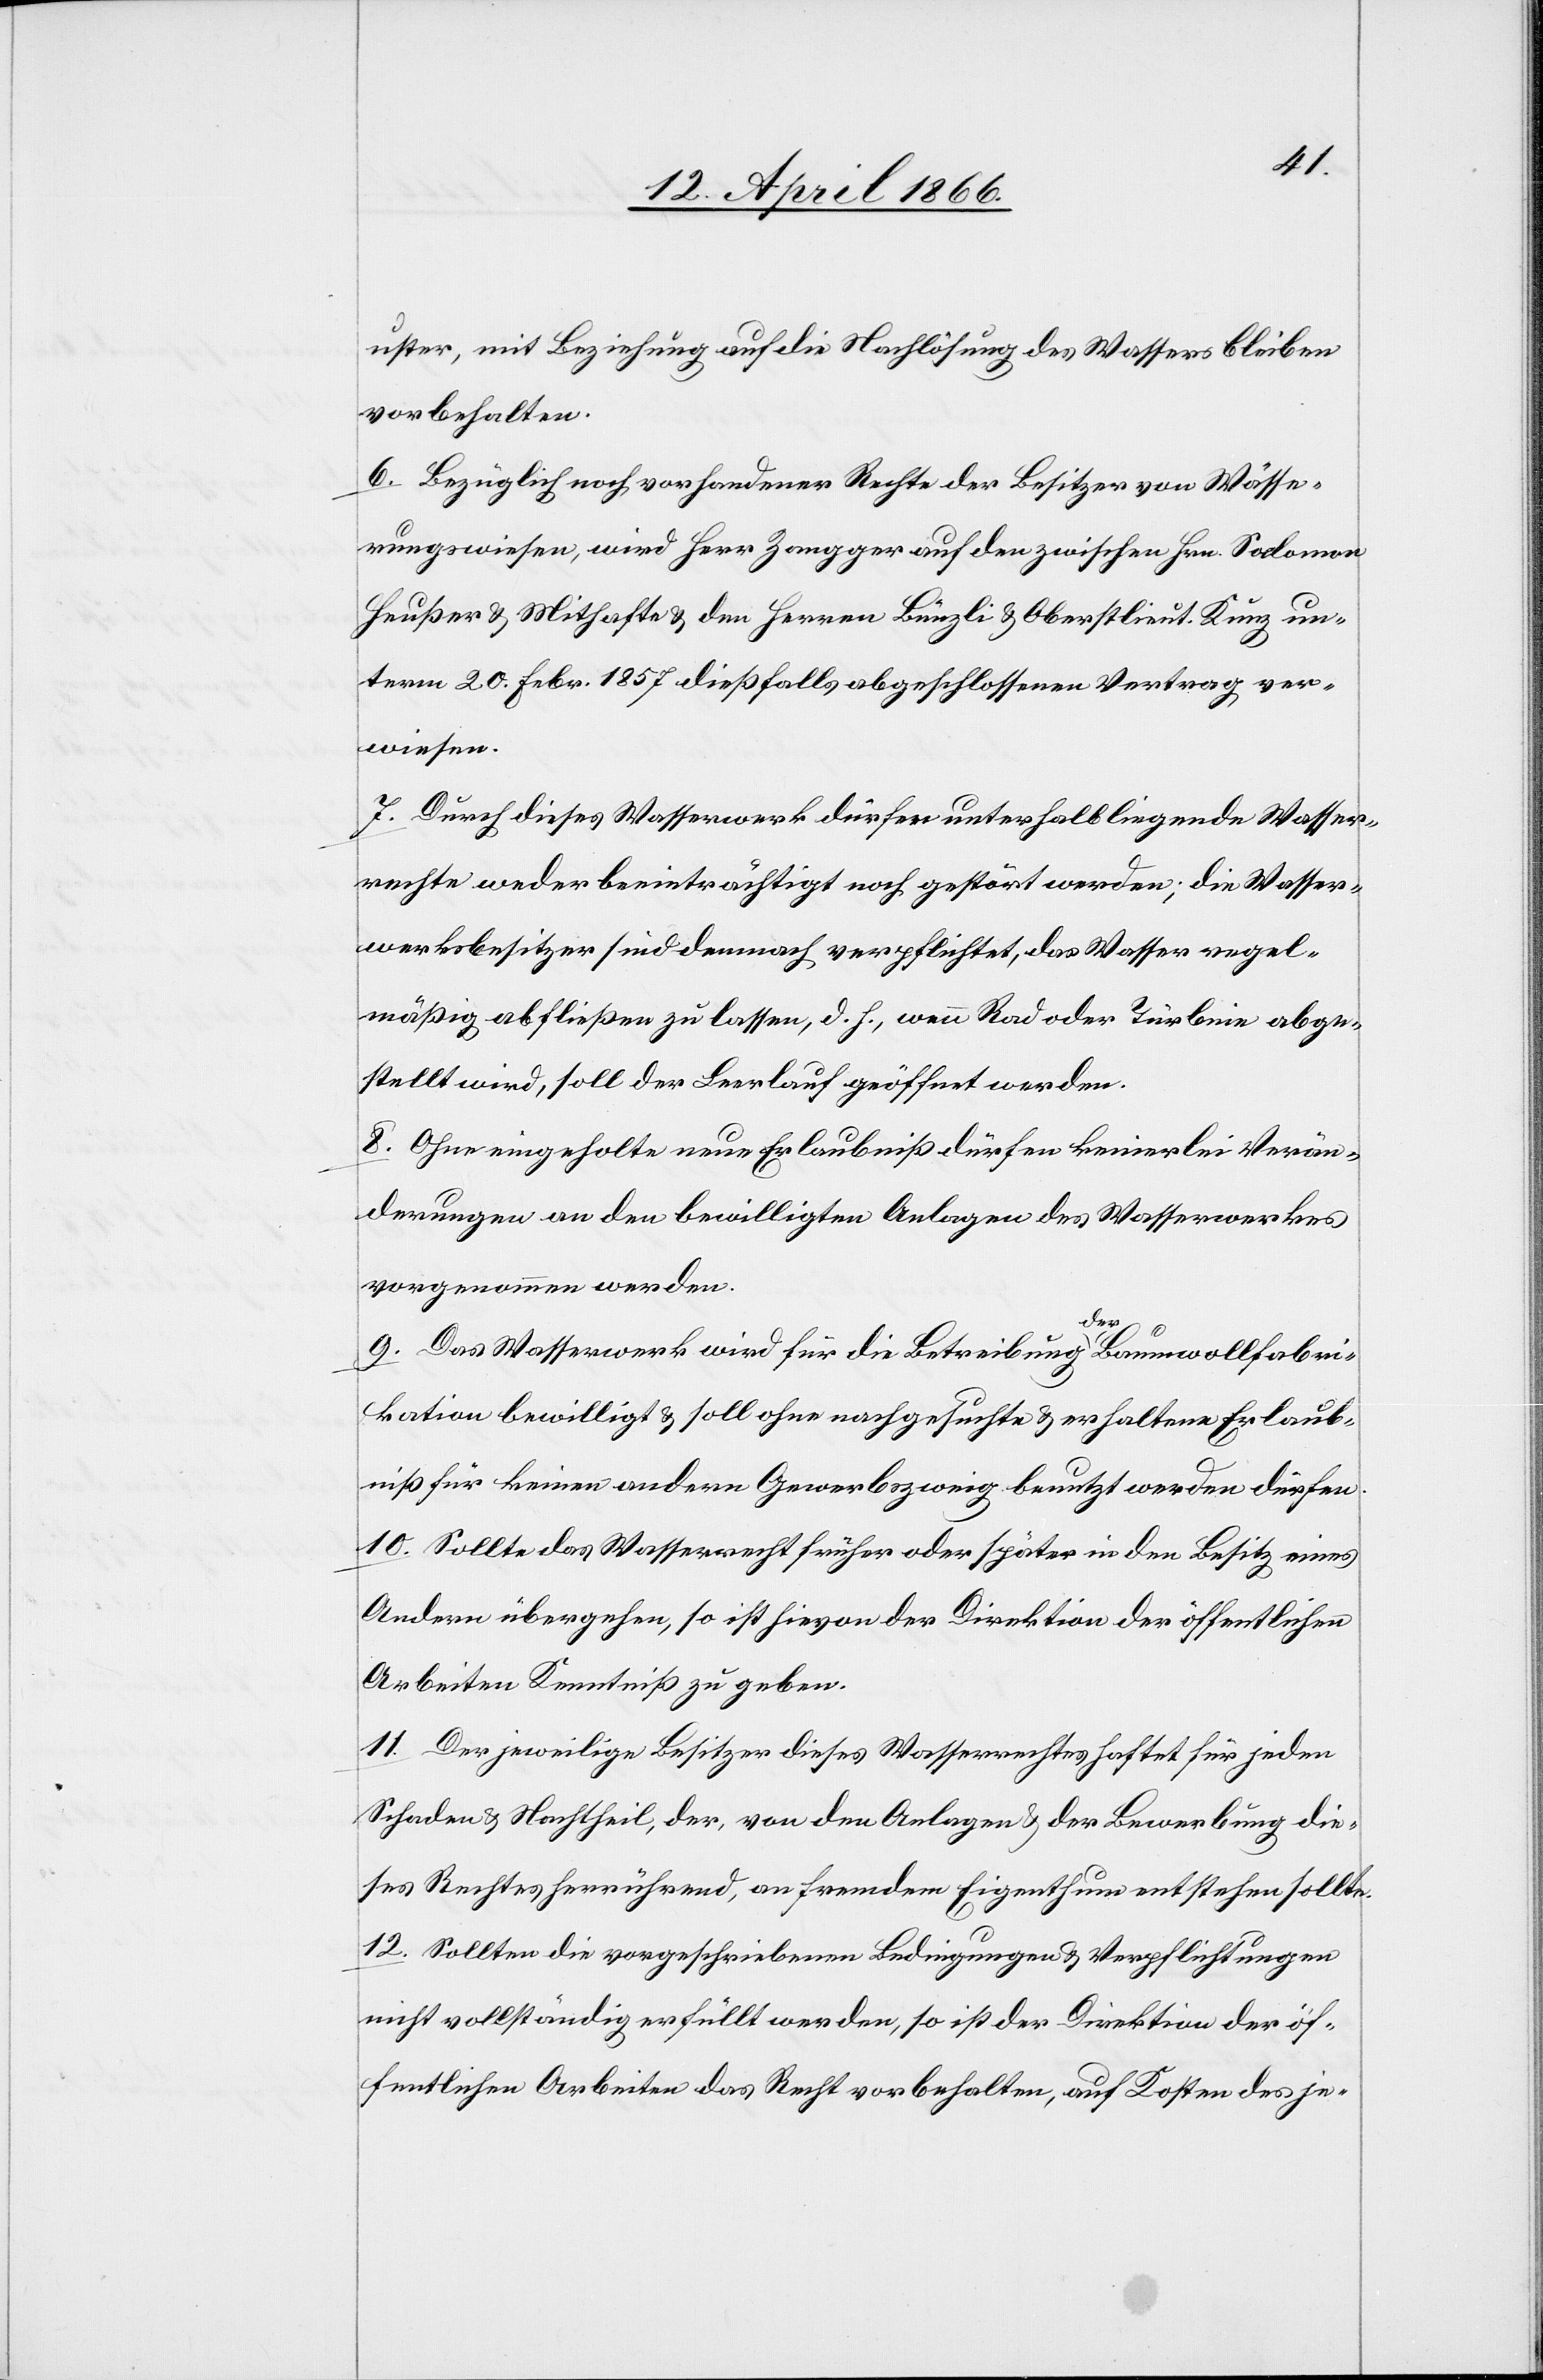
uster, mit Beziehung auf die Nachlösung des Wassers bleiben
vorbehalten.
6. Bezüglich noch vorhandener Rechte der Besitzer von Wässe¬
rungswiesen, wird Herr Zangger auf den zwischen Hrn. Solomon
Heußer u. Mithafte u. den Herren Bünzli u. Oberstlieut. Kunz un¬
term 20. Febr. 1857 dießfalls abgeschlossenen Vertrag ver¬
wiesen.
7. Durch dieses Wasserwerk dürfen unterhalbliegende Wasser¬
rechte weder beeinträchtigt noch gestört werden; die Wasser¬
werksbesitzer sind demnach verpflichtet, das Wasser regel¬
mäßig abfließen zu lassen, d. h., wenn Rad oder Türbine abge¬
stellt wird, soll der Leerlauf geöffnet werden.
8. Ohne eingeholte neue Erlaubniß dürfen keinerlei Verän¬
derungen an den bewilligten Anlagen des Wasserwerkes
vorgenommen werden.
9. Das Wasserwerk wird für die Betreibung der Baumwollfabri¬
kation bewilligt u. soll ohne nachgesuchte u. erhaltene Erlaub¬
niß für keinen andern Gewerbszweig benutzt werden dürfen.
10. Sollte das Wasserrecht früher oder später in den Besitz eines
Andern übergehen, so ist hievon der Direktion der öffentlichen
Arbeiten Kenntniß zu geben.
11. Der jeweilige Besitzer dieses Wasserrechtes haftet für jeden
Schaden u. Nachtheil, der, von den Anlagen u. der Bewerbung die¬
ses Rechte herrührend, an fremdem Eigenthum entstehen sollte.
12. Sollten die vorgeschriebenen Bedingungen u. Verpflichtungen
nicht vollständig erfüllt werden, so ist der Direktion der öf¬
fentlichen Arbeiten das Recht vorbehalten, auf Kosten des je-